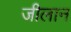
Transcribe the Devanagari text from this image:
जीलान